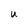
Character: U